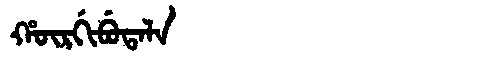
Manchu: ᡥᡡᡵᡤᡳᠪᡠᡨᠠᠯᠠ
Romanization: HŪRGIBUTALA